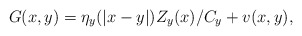
\begin{align*} G(x,y)=\eta_y(|x-y|) Z_y(x)/C_y +v(x,y), \end{align*}